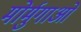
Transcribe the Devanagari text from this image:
मोर्मुगाओ